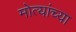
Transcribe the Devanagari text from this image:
मोत्यांच्या